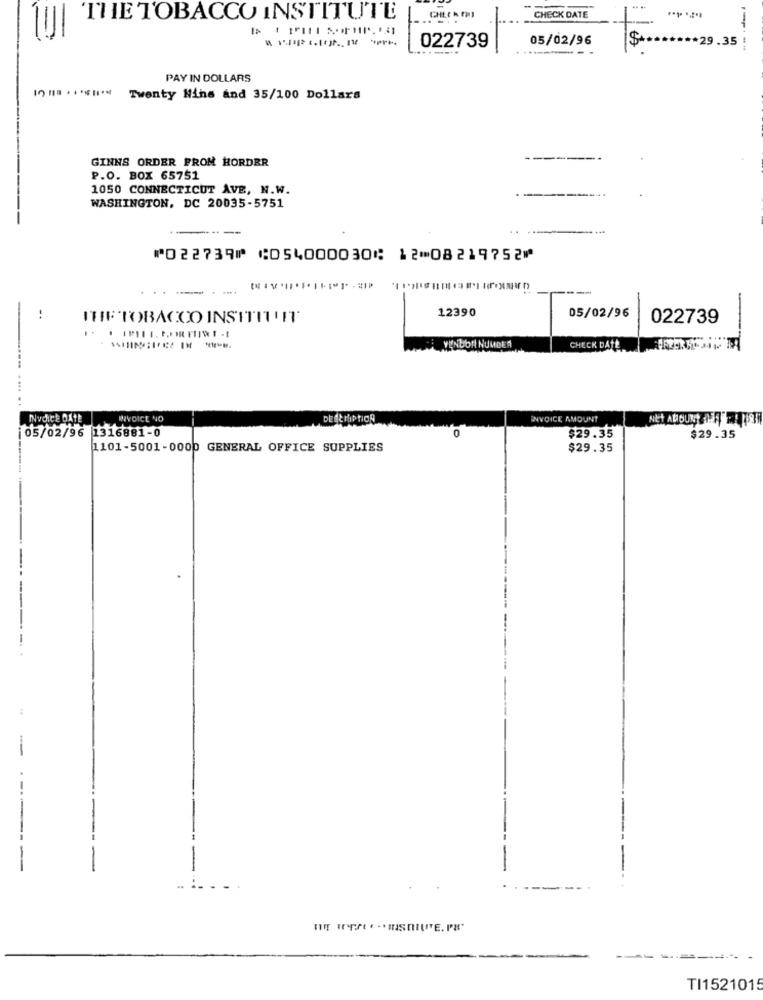
--
THE TOBACCO INSTITUTE
CHECK DATE
05/02/96
·29.35
022739
---
PAY IN DOLLARS
Twenty Nine and 35/100 Dollars
GINNS ORDER FROM HORDER
P.O. BOX 65751
1050 CONNECTICUT AVE, N.W.
WASHINGTON, DC 20035-5751
⑈022739⑈ ⑆054000030⑆ 12⑉08219752⑈
--
12390
ITIF TOBACCO INSITITUIT
05/02/96
022739
VENDOR NUMBER
CHECK DATE
....
INVOICE DATE
INVOICE NO
INVOICE AMOUNT
|05/02/96 1316881-0
0
$29.35
$29.35
1101-5001-0000 GENERAL OFFICE SUPPLIES
$29.35
-
-
TI1521015